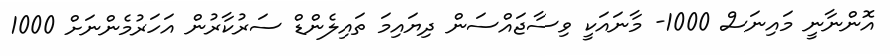
އޮންނާނީ މައިނަސް 1000- މާނައަކީ ވިސާޖައްސަން ދިޔައިމަ ތައިލެންޑް ސަރުކާރުން އަހަރުމެންނަށް 1000